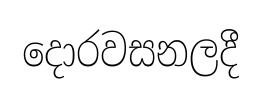
දොරවසනලදී